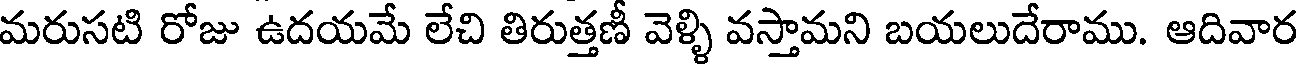
మరుసటి రోజు ఉదయమే లేచి తిరుత్తణీ వెళ్ళి వస్తామని బయలుదేరాము. ఆదివార